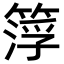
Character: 𥰛